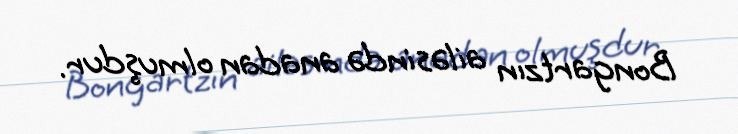
Bongartzın ailəsində anadan olmuşdur.